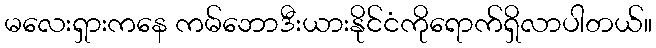
မလေးရှားကနေ ကမ်ဘောဒီးယားနိုင်ငံကိုရောက်ရှိလာပါတယ်။